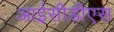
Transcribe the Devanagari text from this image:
आईसीडीएस